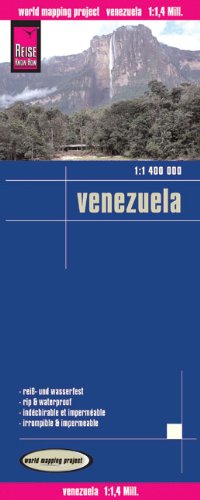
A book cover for Venezuela; Reise Know-How Verlag; Travel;